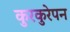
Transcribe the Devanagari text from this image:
कुरकुरेपन